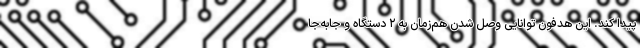
پیدا کند. این هدفون توانایی وصل شدن هم‌زمان به ۲ دستگاه و جابه‌جا